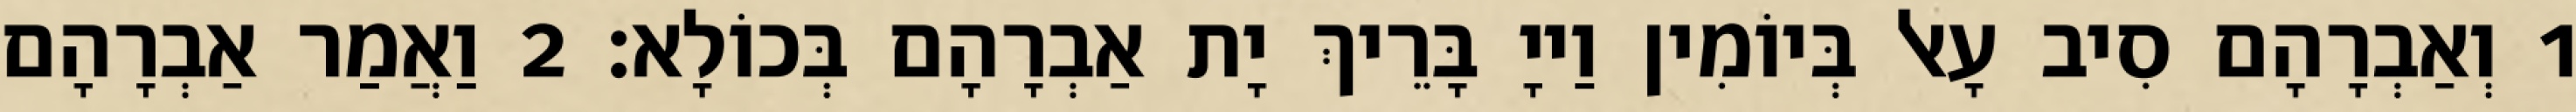
1 וְאַבְרָהָם סִיב עָאל בְּיוֹמִין וַייָ בָּרֵיךְ יָת אַבְרָהָם בְּכוֹלָא׃ 2 וַאֲמַר אַבְרָהָם